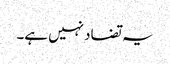
یہ تضاد نہیں ہے۔